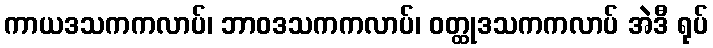
ကာယဒသကကလာပ်၊ ဘာဝဒသကကလာပ်၊ ဝတ္ထုဒသကကလာပ် အဲဒီ ရုပ်